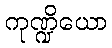
ကုဏ္ဍိယော